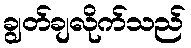
ချွတ်ချလိုက်သည်